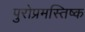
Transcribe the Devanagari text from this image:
पुरोप्रमस्तिष्क